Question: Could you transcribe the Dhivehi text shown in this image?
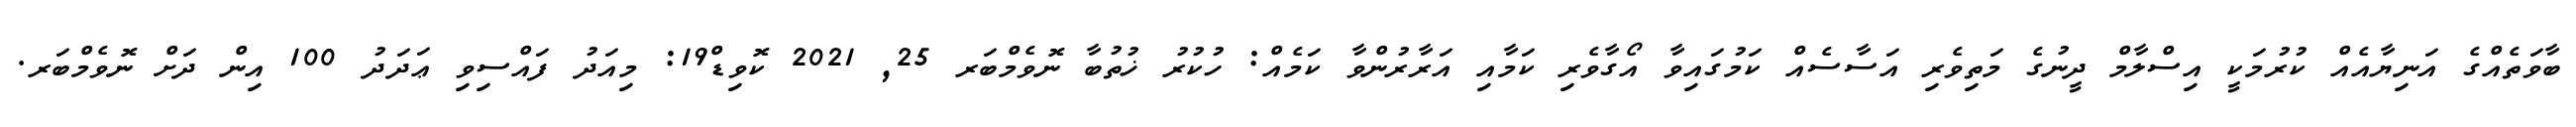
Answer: ބާވަތެއްގެ އަނިޔާއެއް ކުރުމަކީ އިސްލާމް ދީނުގެ މަތިވެރި އަސާސެއް ކަމުގައިވާ އޯގާވެރި ކަމާއި އަރާރުންވާ ކަމެއް: ހުކުރު ޚުތުބާ ނޮވެމްބަރ 25, 2021 ކޮވިޑް19: މިއަދު ފައްސިވި ޢަދަދު 100 އިން ދަށް ނޮވެމްބަރ.